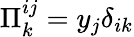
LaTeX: \Pi_{k}^{ij}=y_{j}\delta_{ik}